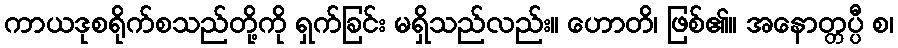
ကာယဒုစရိုက်စသည်တို့ကို ရှက်ခြင်း မရှိသည်လည်း။ ဟောတိ၊ ဖြစ်၏။ အနောတ္တပ္ပီ စ၊